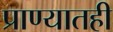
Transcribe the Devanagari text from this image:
प्राण्यातही